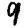
Digit: 9